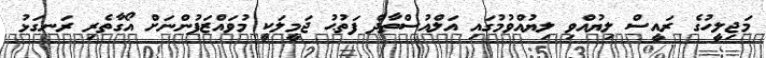
މަޖިލީހުގެ ރައީސް ލިޔުއްވި ލިޔުއްވުމުގައި އަލްއުސްތާޛް ފަތުޙު ޖަމީލަކީ މުވައްޒަފުންނަށް އޯގާތެރި ރަނގަޅު